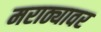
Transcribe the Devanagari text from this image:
मराठ्यावर